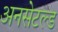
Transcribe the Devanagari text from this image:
अनसेटल्ड